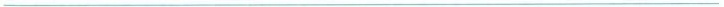
___